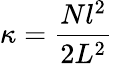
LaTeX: \kappa=\frac{Nl^{2}}{2L^{2}}